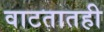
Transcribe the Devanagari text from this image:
वाटतातही